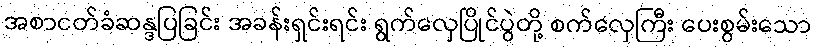
အစာငတ်ခံဆန္ဒပြခြင်း အခန်းရှင်းရင်း ရွက်လှေပြိုင်ပွဲတို့ စက်လှေကြီး ပေးစွမ်းသော